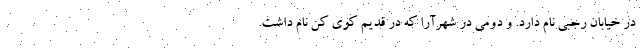
در خیابان رجبی نام دارد. و دومی در شهرآرا که در قدیم کوی کن نام داشت.